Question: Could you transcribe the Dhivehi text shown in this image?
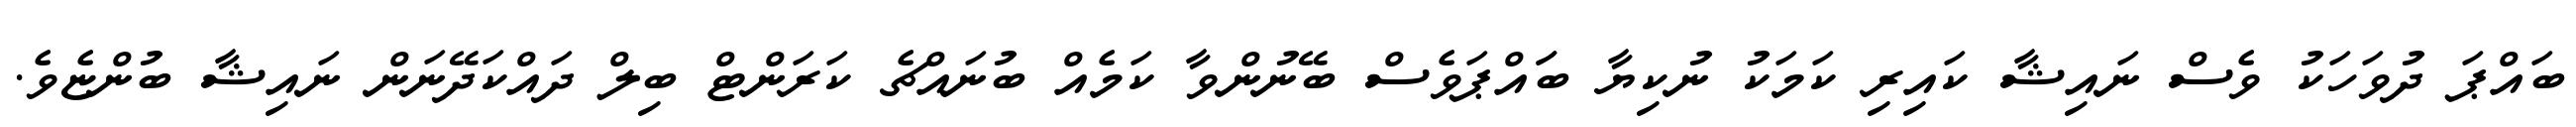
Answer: ބައްޕަ ދުވަހަކު ވެސް ނައިޝާ ކައިރި ކަމަކު ނުކިޔާ ބަައްޕަވެސް ބޭނުންވާ ކަމެއް ބުނައްޗެ ކަރަންޓް ބިލް ދައްކަދޭނަން ނައިޝާ ބުންޏެވެ.